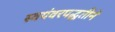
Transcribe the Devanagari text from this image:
स्वयंवरपद्धतीने